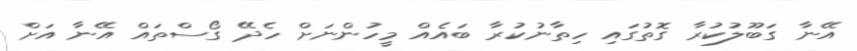
އޭނާ ގަބޫލުކުރާ ގޮތުގައި ހިތާނުކުރާ ބައެއް މީހުންނަށް ހެދޭ ގޯސްތައް އޭނާ އަށް